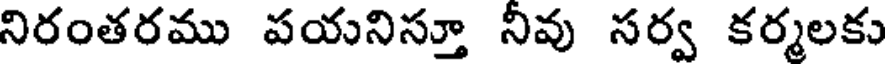
నిరంతరము పయనిస్తూ నీవు సర్వ కర్మలకు